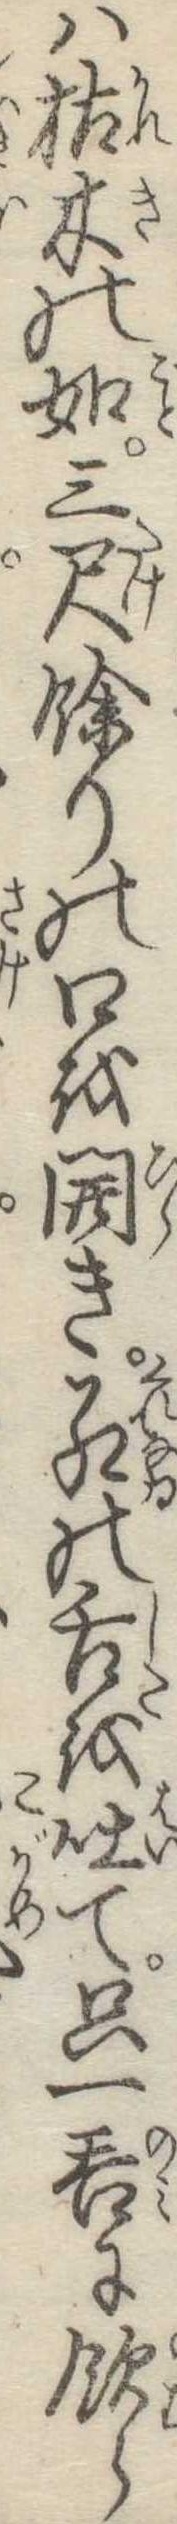
は枯木の如三尺余りの口を開き紅の舌を吐て只一呑に飲ら